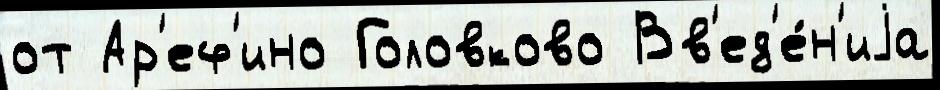
от Ар'еф'ино Головково Вв'ед'е́н'иjа